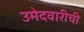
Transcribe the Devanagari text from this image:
उमेदवारीची